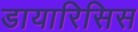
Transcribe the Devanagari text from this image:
डायारिसिस